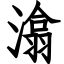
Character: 潝